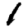
Digit: 1